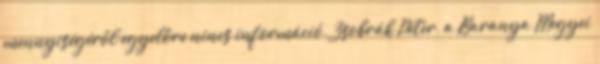
mennyiségéről egyelőre nincs információ. Zsobrák Péter, a Baranya Megyei